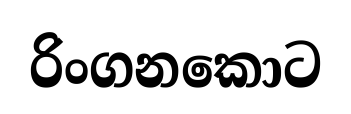
රිංගනකොට